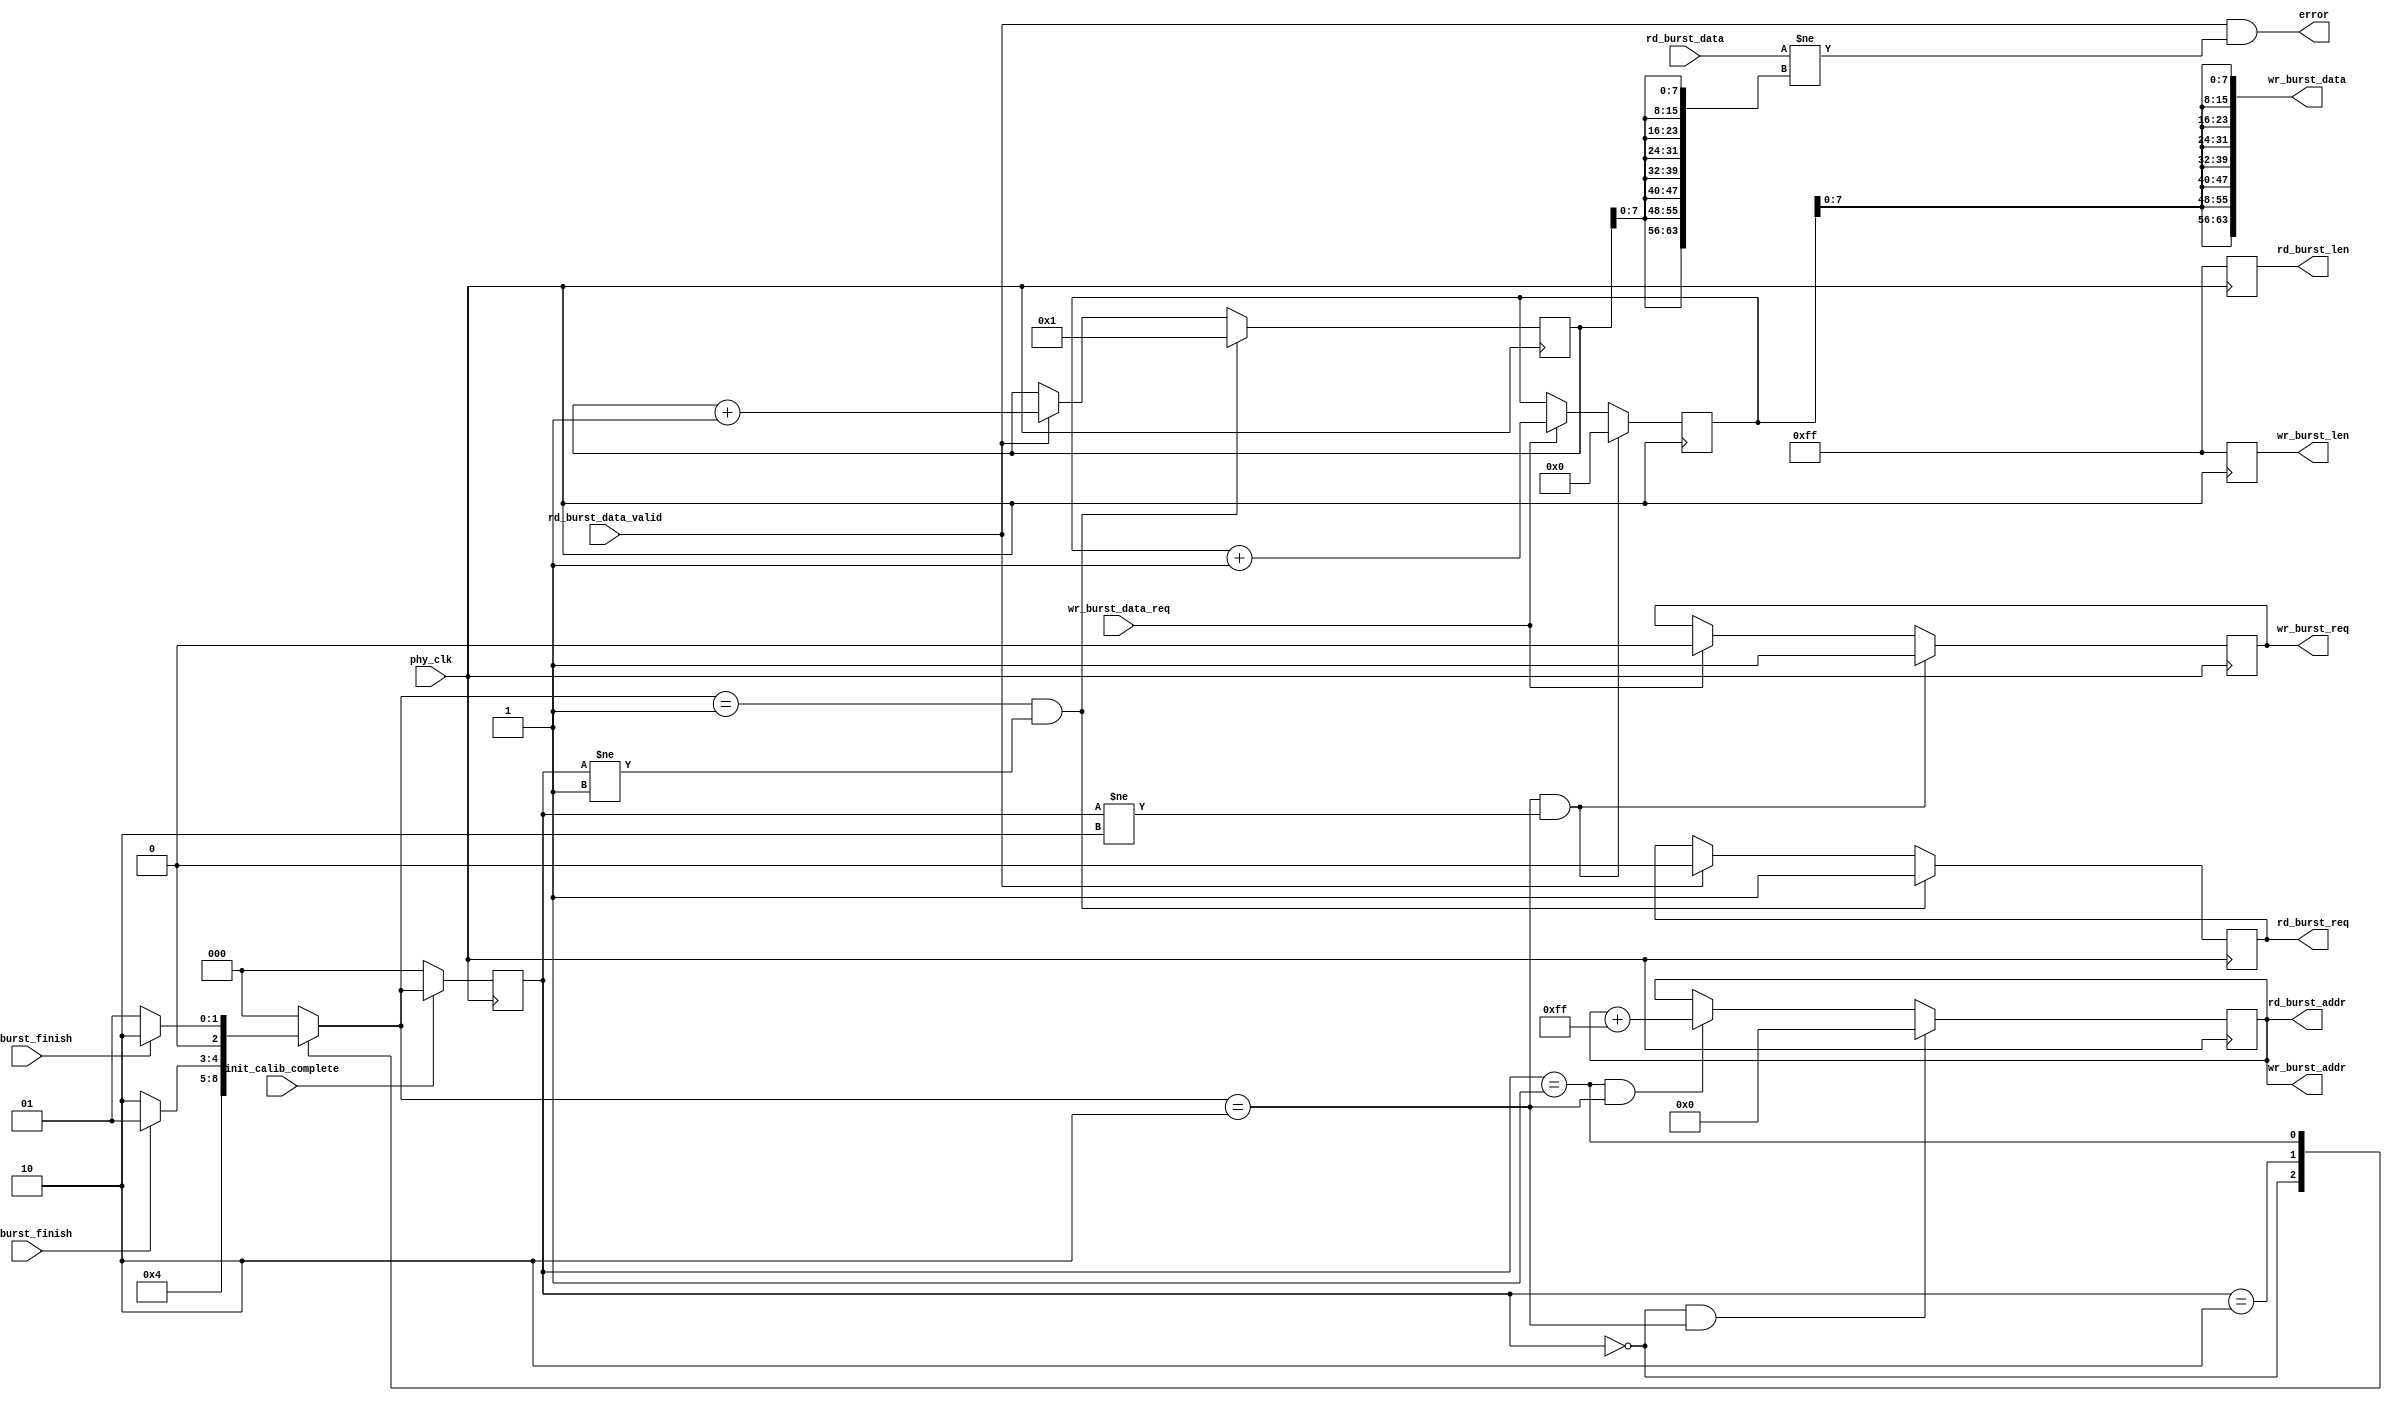
module mem_test
#(
	parameter DATA_WIDTH = 64,
	parameter ADDR_WIDTH = 24
)
(
	input phy_clk,                                     /**/
	input init_calib_complete,                         /**/
	output reg rd_burst_req,                           /**/
	output reg wr_burst_req,                           /**/
	output reg[9:0] rd_burst_len,                      /**/
	output reg[9:0] wr_burst_len,                      /**/
	output [ADDR_WIDTH - 1:0] rd_burst_addr,           /**/
	output reg[ADDR_WIDTH - 1:0] wr_burst_addr,        /**/
	input rd_burst_data_valid,                         /**/
	input wr_burst_data_req,                           /**/
	input[DATA_WIDTH - 1:0] rd_burst_data,             /**/
	output[DATA_WIDTH - 1:0] wr_burst_data,            /**/
	input rd_burst_finish,                             /**/
	input wr_burst_finish,                             /**/
	output error
);
//-----------------------------------------------
parameter IDLE = 3'd0;
parameter MEM_READ = 3'd1;
parameter MEM_WRITE  = 3'd2; 
reg[2:0] state;
reg[2:0] next_state;

reg   [9:0]  wr_cnt;
reg   [9:0]  rd_cnt;


/////////////////////////
always@(posedge	phy_clk)
	begin
		if(~init_calib_complete)          //
			state <= IDLE;
		else	
			state <= next_state;
	end
	
//////DDR Burst,Burst///////////
always@(*)
	begin 
		case(state)
			IDLE:
				next_state <= MEM_WRITE;  
			MEM_WRITE:                    //DDR3
				if(wr_burst_finish)          
					next_state <= MEM_READ;
				else
					next_state <= MEM_WRITE;
			MEM_READ:                    //DDR3
				if(rd_burst_finish)
					next_state <= MEM_WRITE;
				else
					next_state <= MEM_READ;
			default:
				next_state <= IDLE;
		endcase
end



//DDRDDR//
always@(posedge phy_clk)
	begin
		if(state == IDLE && next_state == MEM_WRITE)
			wr_burst_addr <= {ADDR_WIDTH{1'b0}};     //
		else if(state == MEM_READ && next_state == MEM_WRITE)                //Burst
			wr_burst_addr <= wr_burst_addr + {{(ADDR_WIDTH-8){1'b0}},8'd255}; //burst255         
		else
			wr_burst_addr <= wr_burst_addr;           //
	end
assign rd_burst_addr = wr_burst_addr;     
assign wr_burst_data = {(DATA_WIDTH/8){wr_cnt[7:0]}};     //DDR

//burst
always@(posedge phy_clk)
	begin
		if(next_state == MEM_WRITE && state != MEM_WRITE)
			begin
				wr_burst_req <= 1'b1;      //ddr burst       
				wr_burst_len <= 10'd255;
				wr_cnt <= 10'd0;
			end
		else if(wr_burst_data_req)       //burst 
			begin
				wr_burst_req <= 1'b0;
				wr_burst_len <= 10'd255;
				wr_cnt <= wr_cnt + 10'd1;  //()1
			end
		else
			begin
				wr_burst_req <= wr_burst_req;
				wr_burst_len <= 10'd255;
				wr_cnt <= wr_cnt;
			end
	end

//burst	
always@(posedge phy_clk)
	begin
		if(next_state == MEM_READ && state != MEM_READ)
			begin
				rd_burst_req <= 1'b1;      //ddr burst  
				rd_burst_len <= 10'd255;
				rd_cnt <= 10'd1;
			end
		else if(rd_burst_data_valid)     //data_valid,burst0
			begin
				rd_burst_req <= 1'b0;
				rd_burst_len <= 10'd255;
				rd_cnt <= rd_cnt + 10'd1;
			end
		else
			begin
				rd_burst_req <= rd_burst_req;
				rd_burst_len <= 10'd255;
				rd_cnt <= rd_cnt;
			end
	end
	
assign error = rd_burst_data_valid &(rd_burst_data != {(DATA_WIDTH/8){rd_cnt[7:0]}});       //DDR



endmodule